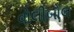
વોલીબોલ